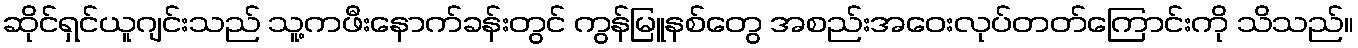
ဆိုင်ရှင်ယူဂျင်းသည် သူ့ကဖီးနောက်ခန်းတွင် ကွန်မြူနစ်တွေ အစည်းအဝေးလုပ်တတ်ကြောင်းကို သိသည်။